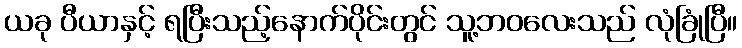
ယခု ပီယာနှင့် ရပြီးသည့်နောက်ပိုင်းတွင် သူ့ဘဝလေးသည် လုံခြုံပြီ။